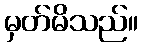
မှတ်မိသည်။